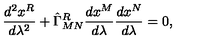
{ \frac { d ^ { 2 } x ^ { R } } { d \lambda ^ { 2 } } } + \hat { \Gamma } _ { M N } ^ { R } { \frac { d x ^ { M } } { d \lambda } } { \frac { d x ^ { N } } { d \lambda } } = 0 ,